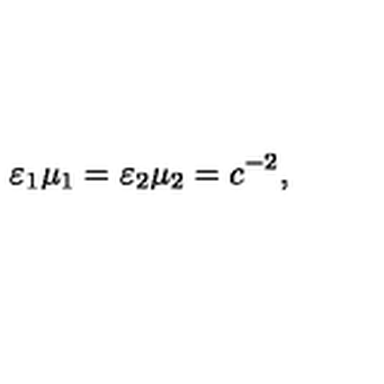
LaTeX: \varepsilon _ { 1 } \mu _ { 1 } = \varepsilon _ { 2 } \mu _ { 2 } = c ^ { - 2 } ,